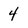
Character: 4